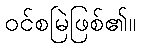
ဝင်စမြဲဖြစ်၏။